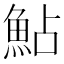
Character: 鮎